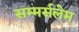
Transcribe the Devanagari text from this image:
सम्मर्सलेम